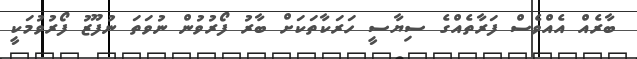
ބާރެއް އެއްވެސް ފަރާތެއްގެ ސިޔާސީ ހަރަކާތަކަށް ބާރު ފޯރުވުން ނުވަތަ ނުފޫޒު ފޯރުވުމަކީ